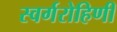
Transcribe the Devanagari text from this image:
स्वर्गरोहिणी